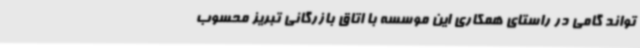
تواند گامی در راستای همکاری این موسسه با اتاق بازرگانی تبریز محسوب